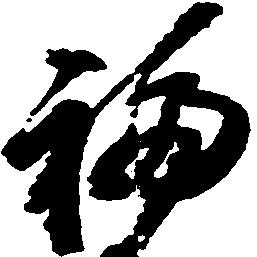
福